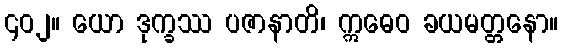
၄၀၂။ ယော ဒုက္ခဿ ပဇာနာတိ၊ ဣဓေဝ ခယမတ္တနော။